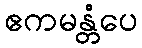
ဧကမန္တံပေ